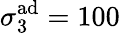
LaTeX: \sigma_{3}^{\mathrm{ad}}=100\